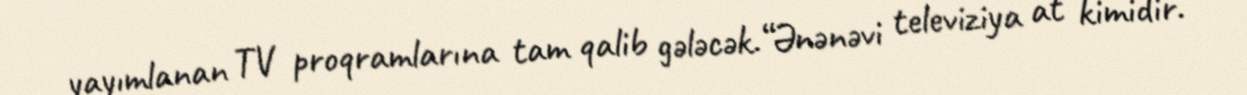
yayımlanan TV proqramlarına tam qalib gələcək.“Ənənəvi televiziya at kimidir.